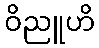
ဝိညူဟိ